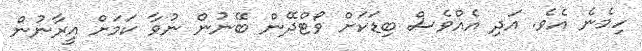
ހިމެނެ އެވެ. އަދި އެއްވެސް ބިޑަކަށް ވޯޓްދޭން ބޭނުން ނުވާ ކަމަށް އީރާނުން